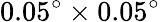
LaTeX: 0.05^{\circ}\times 0.05^{\circ}